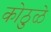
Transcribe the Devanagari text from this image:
कोठुळे